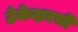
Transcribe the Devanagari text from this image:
ठेकेदारची